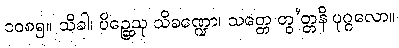
၁၀၈၅။ သိခါ၊ ပိဉ္ဆေသု သိခဏ္ဍော၊ သတ္တေ တွ’တ္တနိ ပုဂ္ဂလော။